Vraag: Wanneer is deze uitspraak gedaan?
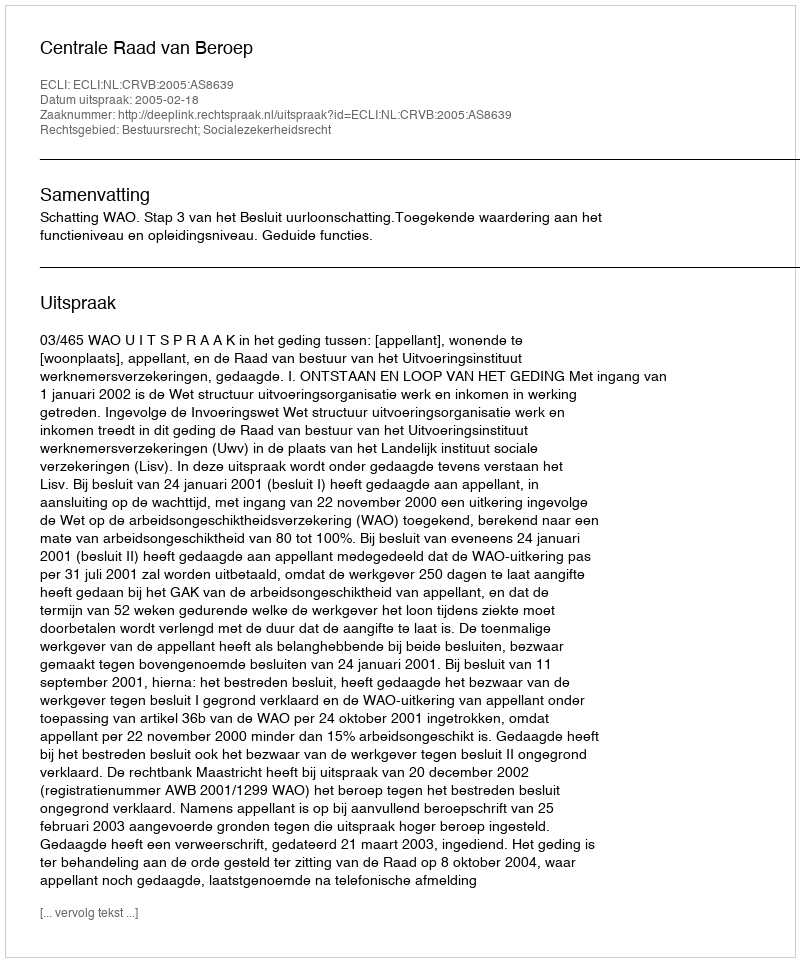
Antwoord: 2005-02-18